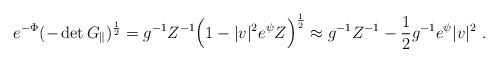
LaTeX: \begin{align*}e^{-\Phi}(-\det G_{\|})^{\frac{1}{2}}=g^{-1} Z^{-1}\Bigl(1-|v|^2 e^{\psi}Z\Bigr)^{\frac{1}{2}} \approx g^{-1} Z^{-1}-\frac{1}{2}g^{-1} e^{\psi} |v|^2\ .\end{align*}